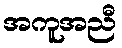
အကူအညီ